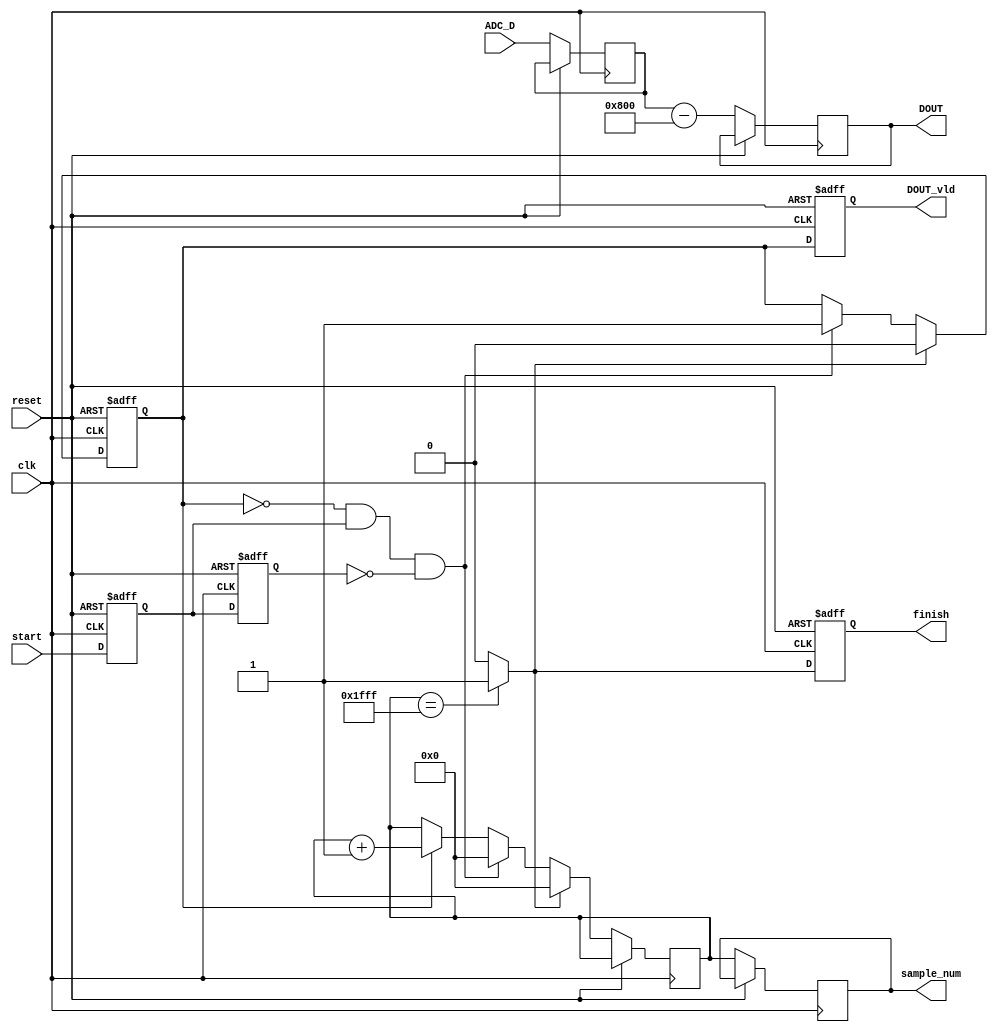
module adc_receiver (
        input                clk,
        input                reset,
        input                start,
        input       [11 : 0] ADC_D,
        output reg  [11 : 0] DOUT,
        output reg           DOUT_vld,
        output reg  [15 : 0] sample_num,
        output reg           finish
    );

    reg         start_z;
    reg         start_zz;
    reg [15:0]  adc_recv_cnt;
    reg [11:0]  tmp;
    reg         adc_receiving;
    wire        adc_recv_cnt_ov;

    // assign DOUT = ADC_D;
    // assign DOUT_vld = adc_receiving;
    // assign sample_num = adc_recv_cnt;
    assign adc_recv_cnt_ov = (adc_recv_cnt == 8191) ? 1'b1 : 1'b0;

    always @(posedge clk or posedge reset) begin
        if (reset == 1) begin
            adc_receiving   <= 0;
            start_z         <= 0;
            start_zz        <= 0;
            finish          <= 0;
            DOUT_vld        <= 0;
        end else begin
            start_zz <= start_z;
            start_z <= start;
            tmp <= ADC_D;
            DOUT_vld <= adc_receiving;
            DOUT <= $signed({0, tmp}) - $signed(2048);
            sample_num <= adc_recv_cnt;
            // DOUT <= {4'b0000, ADC_D[11:4]};
            finish <= adc_recv_cnt_ov;
            
            if (adc_recv_cnt_ov == 1) begin
                adc_receiving   <= 0;
                adc_recv_cnt    <= 0;
            end else if (adc_receiving == 0 && start_z == 1 && start_zz == 0) begin
                adc_receiving   <= 1;
                adc_recv_cnt    <= 0;
            end else if (adc_receiving == 1) begin
                adc_recv_cnt    <= adc_recv_cnt + 1;
            end

        end
    end
    
endmodule